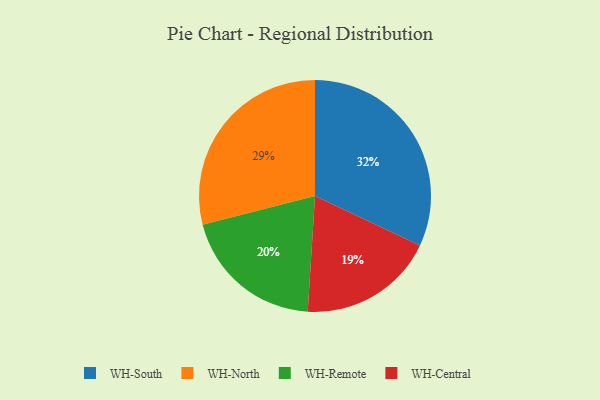
{"axis": {"x": "Category", "y": "Percentage"}, "legend": ["WH-Central", "WH-North", "WH-Remote", "WH-South"], "data": [{"x": "WH-South", "y": 32, "type": "WH-South"}, {"x": "WH-Central", "y": 19, "type": "WH-Central"}, {"x": "WH-Remote", "y": 20, "type": "WH-Remote"}, {"x": "WH-North", "y": 29, "type": "WH-North"}]}